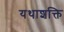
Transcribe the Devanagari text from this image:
यथाशक्ति